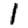
Digit: 1